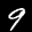
Label: 9